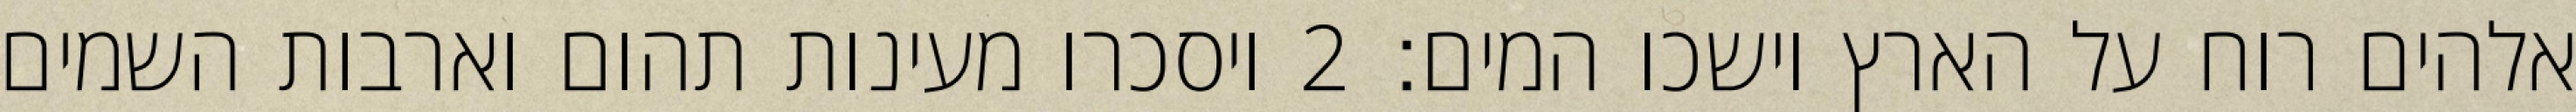
אלהים רוח על הארץ וישכו המים׃ ‎2‏ ויסכרו מעינות תהום וארבות השמים